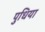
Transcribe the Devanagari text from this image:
पुधिया